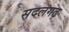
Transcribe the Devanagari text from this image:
सदलगढ़